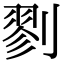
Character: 剹